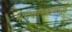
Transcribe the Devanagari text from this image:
भगवानबाबापुढे